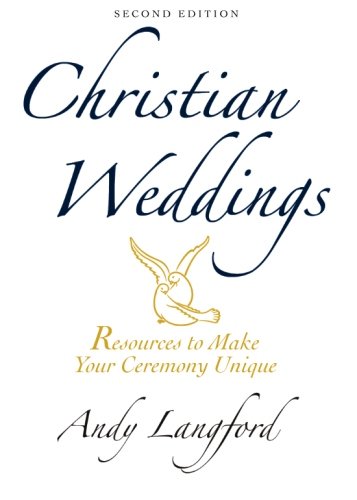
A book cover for Christian Weddings, Second Edition: Resources to Make Your Ceremony Unique; Andy Langford; Crafts, Hobbies & Home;